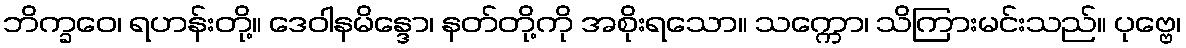
ဘိက္ခဝေ၊ ရဟန်းတို့။ ဒေဝါနမိန္ဒော၊ နတ်တို့ကို အစိုးရသော။ သက္ကော၊ သိကြားမင်းသည်။ ပုဗ္ဗေ၊